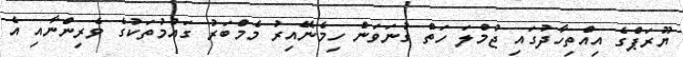
ޔޫރަޕްގެ އިއްތިހާދުގައި ޖުމްލަ ހަތް ގުނަވަން ހިމެނޭއިރު މެމްބަރު ގައުމުތަކުގެ ވެރިންނާއި އެ